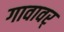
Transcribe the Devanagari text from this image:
गावावर्